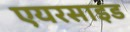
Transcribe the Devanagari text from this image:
एयरसाइड